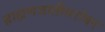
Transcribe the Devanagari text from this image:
ब्राह्मणजातीबरोबर